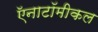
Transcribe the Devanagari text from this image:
ऍनाटॉमीकल